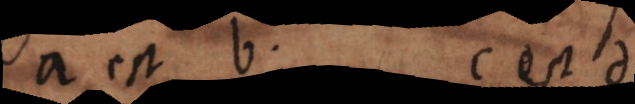
a est b, c est d,